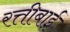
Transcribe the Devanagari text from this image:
रत्तीबाई